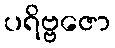
ပရိဗ္ဗဇော